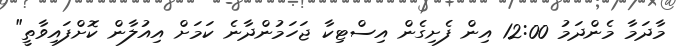
މާދަމާ މެންދަމު 12:00 އިން ފެށިގެން އިސްޓިކާ ޖަހަމުންދާނެ ކަމަށް އިއުލާން ކޮށްފައިވާތީ"